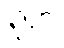
၃.ဝ